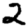
Digit: 2